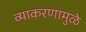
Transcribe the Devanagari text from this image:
व्याकरणामुळे